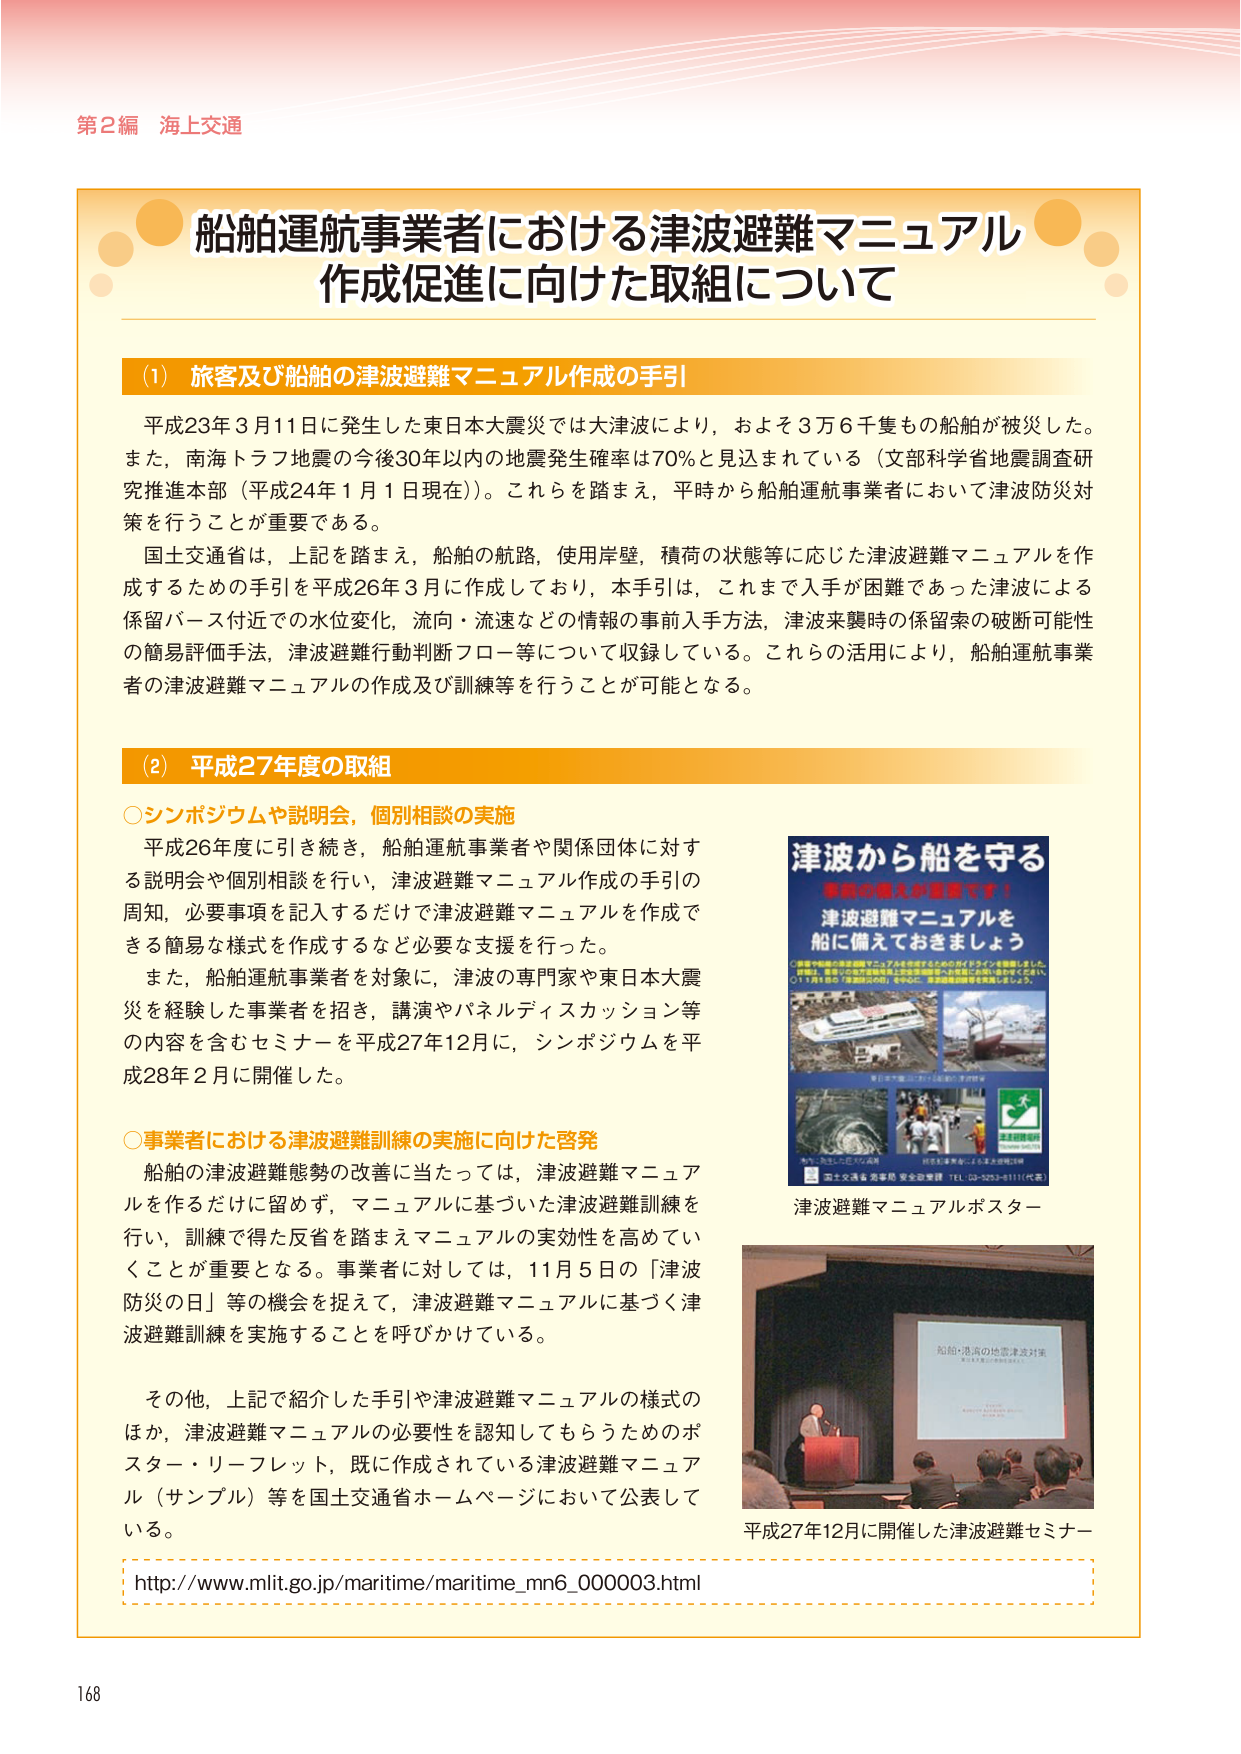
第2編 海上交通

船舶運航事業者における津波避難マニュアル
作成促進に向けた取組について

(1) 旅客及び船舶の津波避難マニュアル作成の手引
平成23年3月11日に発生した東日本大震災では大津波により，およそ3万6千隻もの船舶が被災した。
また，南海トラフ地震の今後30年以内の地震発生確率は70％と見込まれている（文部科学省地震調査研究推進本部（平成24年1月1日現在））。これらを踏まえ，平時から船舶運航事業者において津波防災対策を行うことが重要である。
国土交通省は，上記を踏まえ，船舶の航路，使用岸壁，積荷の状態等に応じた津波避難マニュアルを作成するための手引を平成26年3月に作成しており，本手引は，これまで入手が困難であった津波による係留バース付近での水位変化，流向・流速などの情報の事前入手方法，津波来襲時の係留索の破断可能性の簡易評価手法，津波避難行動判断フロー等について収録している。これらの活用により，船舶運航事業者の津波避難マニュアルの作成及び訓練等を行うことが可能となる。

(2) 平成27年度の取組
○シンポジウムや説明会，個別相談の実施
平成26年度に引き続き，船舶運航事業者や関係団体に対する説明会や個別相談を行い，津波避難マニュアル作成の手引の周知，必要事項を記入するだけで津波避難マニュアルを作成できる簡易な様式を作成するなど必要な支援を行った。
また，船舶運航事業者を対象に，津波の専門家や東日本大震災を経験した事業者を招き，講演やパネルディスカッション等の内容を含むセミナーを平成27年12月に，シンポジウムを平成28年2月に開催した。

○事業者における津波避難訓練の実施に向けた啓発
船舶の津波避難態勢の改善に当たっては，津波避難マニュアルを作るだけに留めず，マニュアルに基づいた津波避難訓練を行い，訓練で得た反省を踏まえマニュアルの実効性を高めていくことが重要となる。事業者に対しては，11月5日の「津波防災の日」等の機会を捉えて，津波避難マニュアルに基づく津波避難訓練を実施することを呼びかけている。
その他，上記で紹介した手引や津波避難マニュアルの様式のほか，津波避難マニュアルの必要性を認知してもらうためのポスター・リーフレット，既に作成されている津波避難マニュアル（サンプル）等を国土交通省ホームページにおいて公表している。

http://www.mlit.go.jp/maritime/maritime_mn6_000003.html

津波から船を守る
事前の備えが重要です！
津波避難マニュアルを
船に備えておきましょう

○船舶や船員の津波避難マニュアルを作成するためのガイドラインを整備しました。
○詳細は，東京・大阪の港湾局または港湾管理者にお問合せください。
○11月5日の「津波防災の日」を中心に，津波避難訓練等を実施しましょう。

第1次大震災における船舶の津波被害
大津波による船の漂流
係留索の破断による船の漂流
国土交通省 海事局 安全政策課 TEL 03-3253-8111（代表）

津波避難マニュアルポスター

船舶・港湾の地震津波対策
第2次大震災の津波被害を防ぐ！

平成27年12月に開催した津波避難セミナー

168